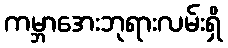
ကမ္ဘာအေးဘုရားလမ်းရှိ